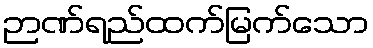
ဉာဏ်ရည်ထက်မြက်သော